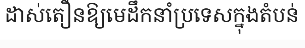
ដាស់តឿនឱ្យមេដឹកនាំប្រទេសក្នុងតំបន់